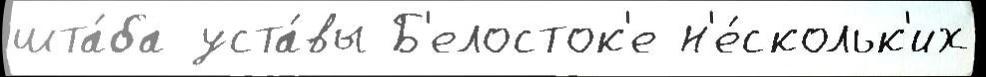
шта́ба уста́вы Б'елосток'е н'е́скольк'их